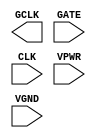
module sky130_fd_sc_hs__dlclkp (
    GCLK,
    GATE,
    CLK ,
    VPWR,
    VGND
);

    output GCLK;
    input  GATE;
    input  CLK ;
    input  VPWR;
    input  VGND;
endmodule